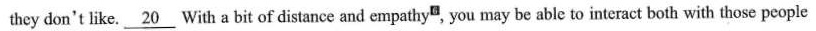
they don't like. \underline{20} With a bit of distance and empathy^{6} , you may be able to interact both with those people